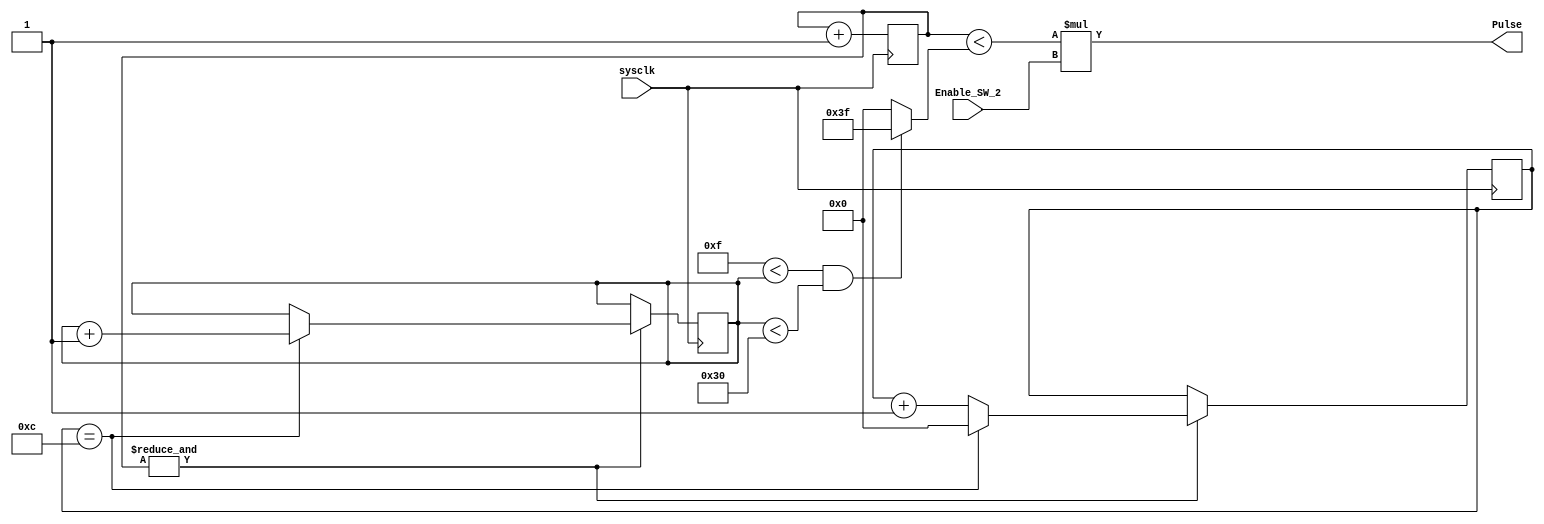
module Square_Y(input wire sysclk,
input wire Enable_SW_2,
output wire Pulse);

reg [5:0] count = 0;
reg [5:0] DC_Index = 0;
reg [5:0] Duty_Cycle = 0;
reg [5:0] Index_Count = 0;	

assign Pulse = (count < Duty_Cycle) * Enable_SW_2;

always @(posedge sysclk)begin
	count<=count+1'b1;
	if (&count==1) begin 
		DC_Index<=DC_Index+1'b1;
		if (DC_Index ==  6'd12) begin
			Index_Count <= Index_Count + 1'b1;
			DC_Index <=1'b0;
		end
	end
end

always @ (*) begin
	if (6'd15 < Index_Count & Index_Count <6'd48)
		Duty_Cycle <= 6'd63;
	else	
		Duty_Cycle <= 6'b0;
end
endmodule